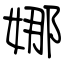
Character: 娜